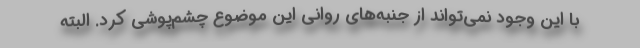
با این وجود نمی‌تواند از جنبه‌های روانی این موضوع چشم‌پوشی کرد. البته